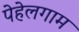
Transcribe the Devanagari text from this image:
पेहेलगाम